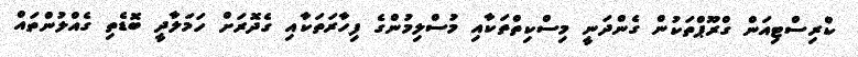
ކްރިސްޓިއަން ގްރޫޕްތަކުން ގެންދަނީ މިސްކިތްތަކާއި މުސްލިމުންގެ ފިހާރަތަކާއި ގެދޮރަށް ހަމަލާދީ ބޮޑެތި ގެއްލުންތައް